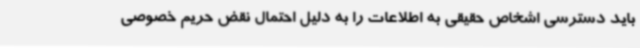
باید دسترسی اشخاص حقیقی به اطلاعات را به دلیل احتمال نقض حریم خصوصی